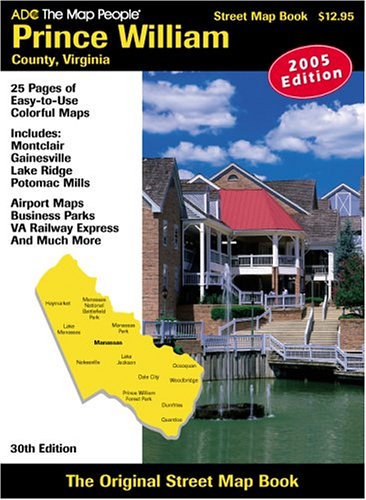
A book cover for Prince William County Va Atlas; Travel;